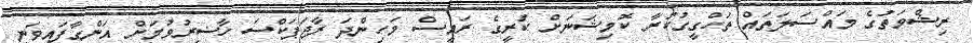
ރިޝްވަތުގެ މައްސަލަތައް ތަހްގީގުކުރާ ކޮމިޝަނަށް ކުރީގެ ރައީސް މަހިންދަ ރާޖަޕަކްސަ ހާޟިރުވުމަށް އަންގާފައިވަނީ